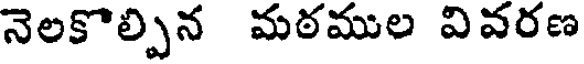
నెలకొల్పిన మఠముల వివరణ